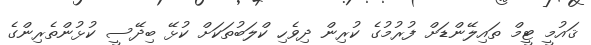
ޤައުމީ ޓީމް ތައިލޭންޑަށް ފުރުމުގެ ކުރިން ދިވެހި ކްލަބުތަކަށް ކުޅޭ ބިދޭސީ ކުޅުންތެރިންގެ